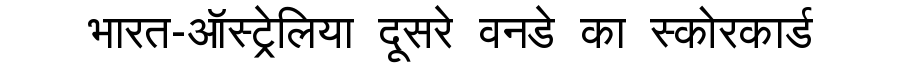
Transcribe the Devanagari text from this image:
भारत-ऑस्ट्रेलिया दूसरे वनडे का स्कोरकार्ड